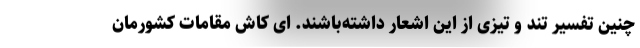
چنین تفسیر تند و تیزی از این اشعار داشته‌باشند. ای کاش مقامات کشورمان